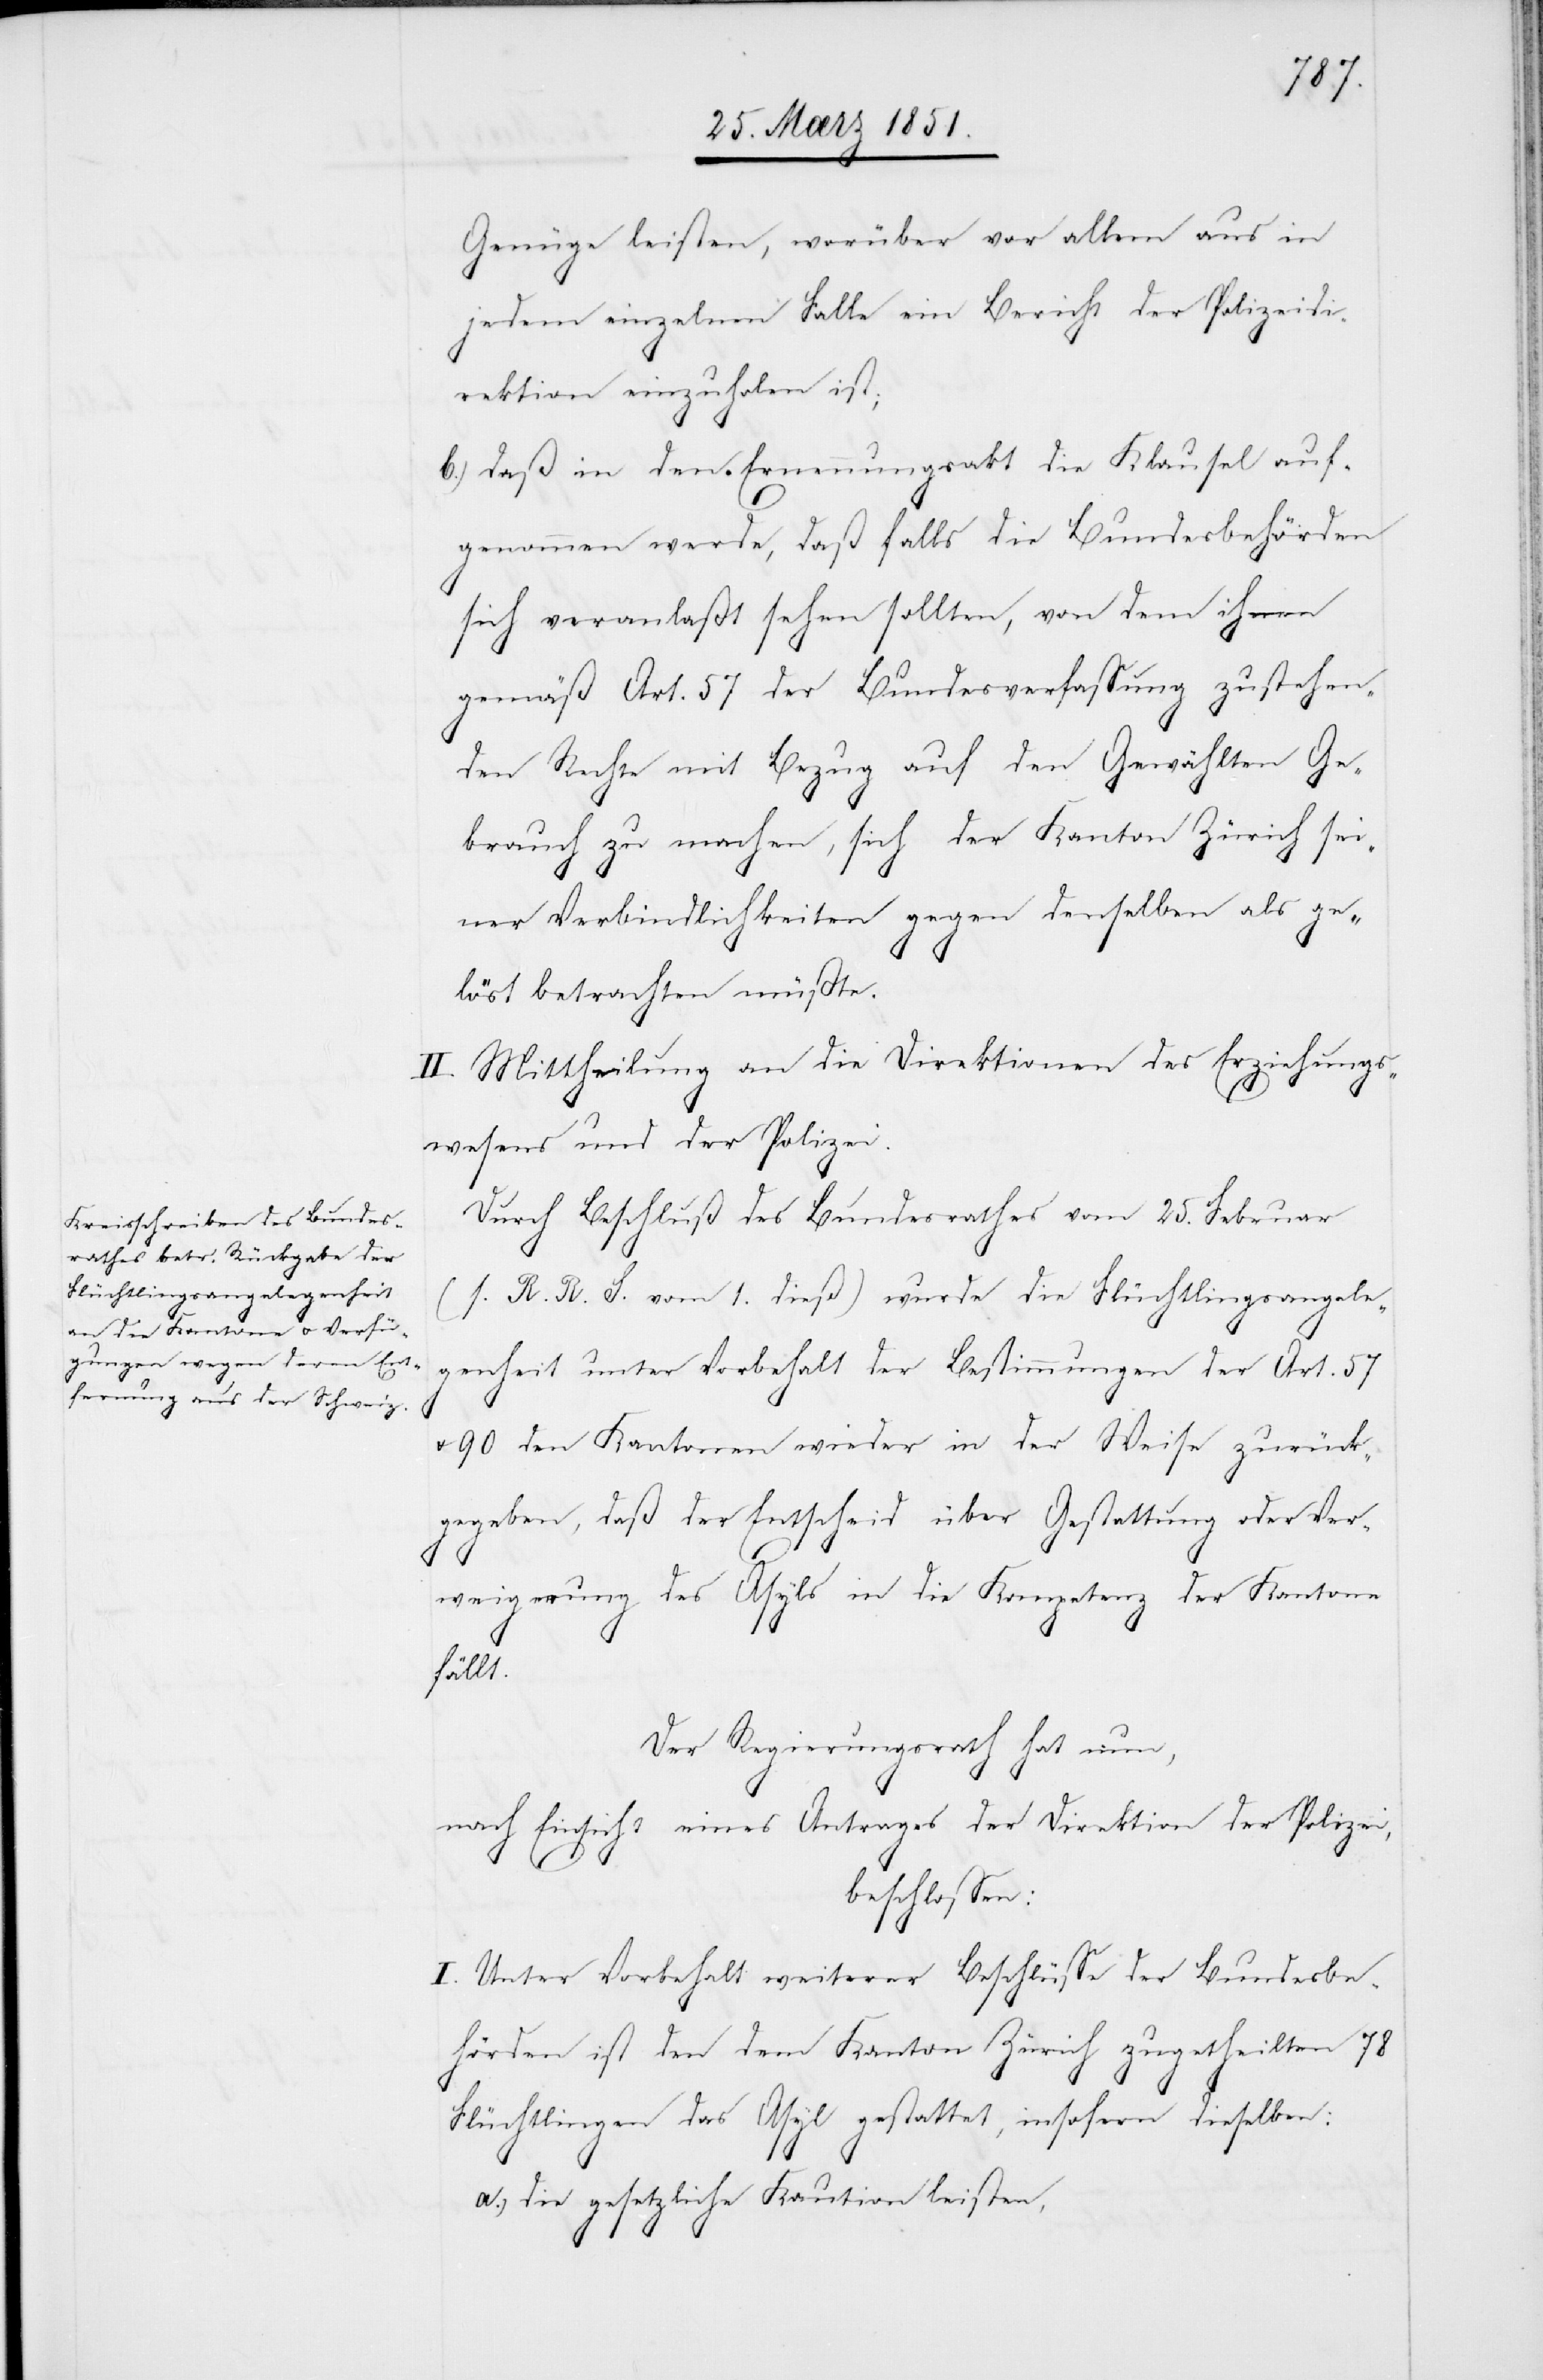
Genüge leisten, worüber vor allem aus in
jedem einzelnen Falle ein Bericht der Polizeidi¬
rektion einzuholen ist;
daß in den Ernennungsakt die Klausel auf¬
genommen werde, daß falls die Bundesbehörden
sich veranlaßt sehen sollten, von dem ihnen
gemäß Art. 57 der Bundesverfassung zustehen¬
den Rechte mit Bezug auf den Gewählten Ge¬
brauch zu machen, sich der Kanton Zürich sei¬
ner Verbindlichkeiten gegen denselben als ge¬
löst betrachten müßte.
II. Mittheilung an die Direktionen des Erziehungs¬
wesens und der Polizei.
Durch Beschluß des Bundesrathes vom 25. Februar
(s. R. R. S. vom 1. dieß) wurde die Flüchtlingsangele¬
genheit unter Vorbehalt der Bestimmungen der Art. 57
90 den Kantonen wieder in der Weise zurück¬
gegeben, daß der Entscheid über Gestattung oder Ver¬
weigerung des Asyls in die Kompetenz der Kantone
fällt.
Der Regierungsrath hat nun,
nach Einsicht eines Antrages der Direktion der Polizei,
beschlossen:
I. Unter Vorbehalt weiterer Beschlüsse der Bundesbe¬
hörden ist den dem Kanton Zürich zugetheilten 78
Flüchtlingen das Asyl gestattet, insofern dieselben:
a.)
die gesetzliche Kaution leisten,